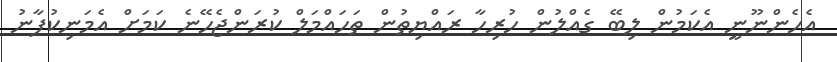
އެހެންނޫނީ އެކަމުން ލިބޭ ގެއްލުން ހުރިހާ ރައްޔިތުން ތަހައްމަލް ކުރަންޖެހޭނެ ކަމަށް އެމަނިކުފާނު